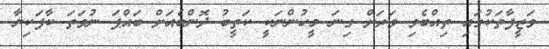
ވަޒީފާތަކުގައި ތިއްބެވި ވަރަށް ގިނަ މީހުންނަކީ ކަތީބު ދޮންބެއަށް ބައްޕަ ނުވަތަ ކާފަކިޔާ